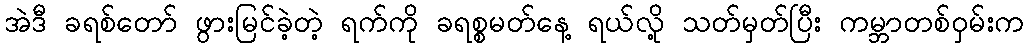
အဲဒီ ခရစ်တော် ဖွားမြင်ခဲ့တဲ့ ရက်ကို ခရစ္စမတ်နေ့ ရယ်လို့ သတ်မှတ်ပြီး ကမ္ဘာတစ်ဝှမ်းက